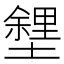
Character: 𡒟